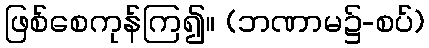
ဖြစ်စေကုန်ကြ၍။ (ဘဏာမ၌-စပ်)